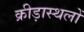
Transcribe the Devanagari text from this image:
क्रीड़ास्थलों